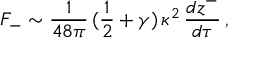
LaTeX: F _ { - } \sim \frac { 1 } { 4 8 \pi } \, ( \frac { 1 } { 2 } + \gamma ) \, \kappa ^ { 2 } \, \frac { d z ^ { - } } { d \tau } \, ,